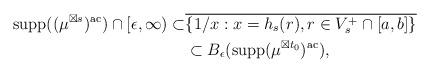
LaTeX: \begin{align*}\mathrm{supp}((\mu^{\boxtimes s})^{\mathrm{ac}})\cap [\epsilon, \infty)\subset&\overline{ \{1/x: x=h_s(r), r\in V_s^+\cap [a, b] \}}\\ &\subset B_\epsilon(\mathrm{supp}(\mu^{\boxtimes t_0})^{\mathrm{ac}}),\end{align*}